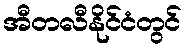
အီတလီနိုင်ငံတွင်